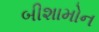
બીશામોન